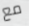
مع